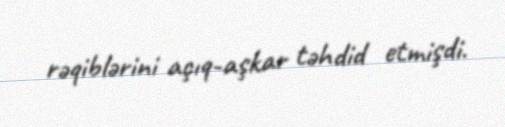
rəqiblərini açıq-aşkar təhdid etmişdi.